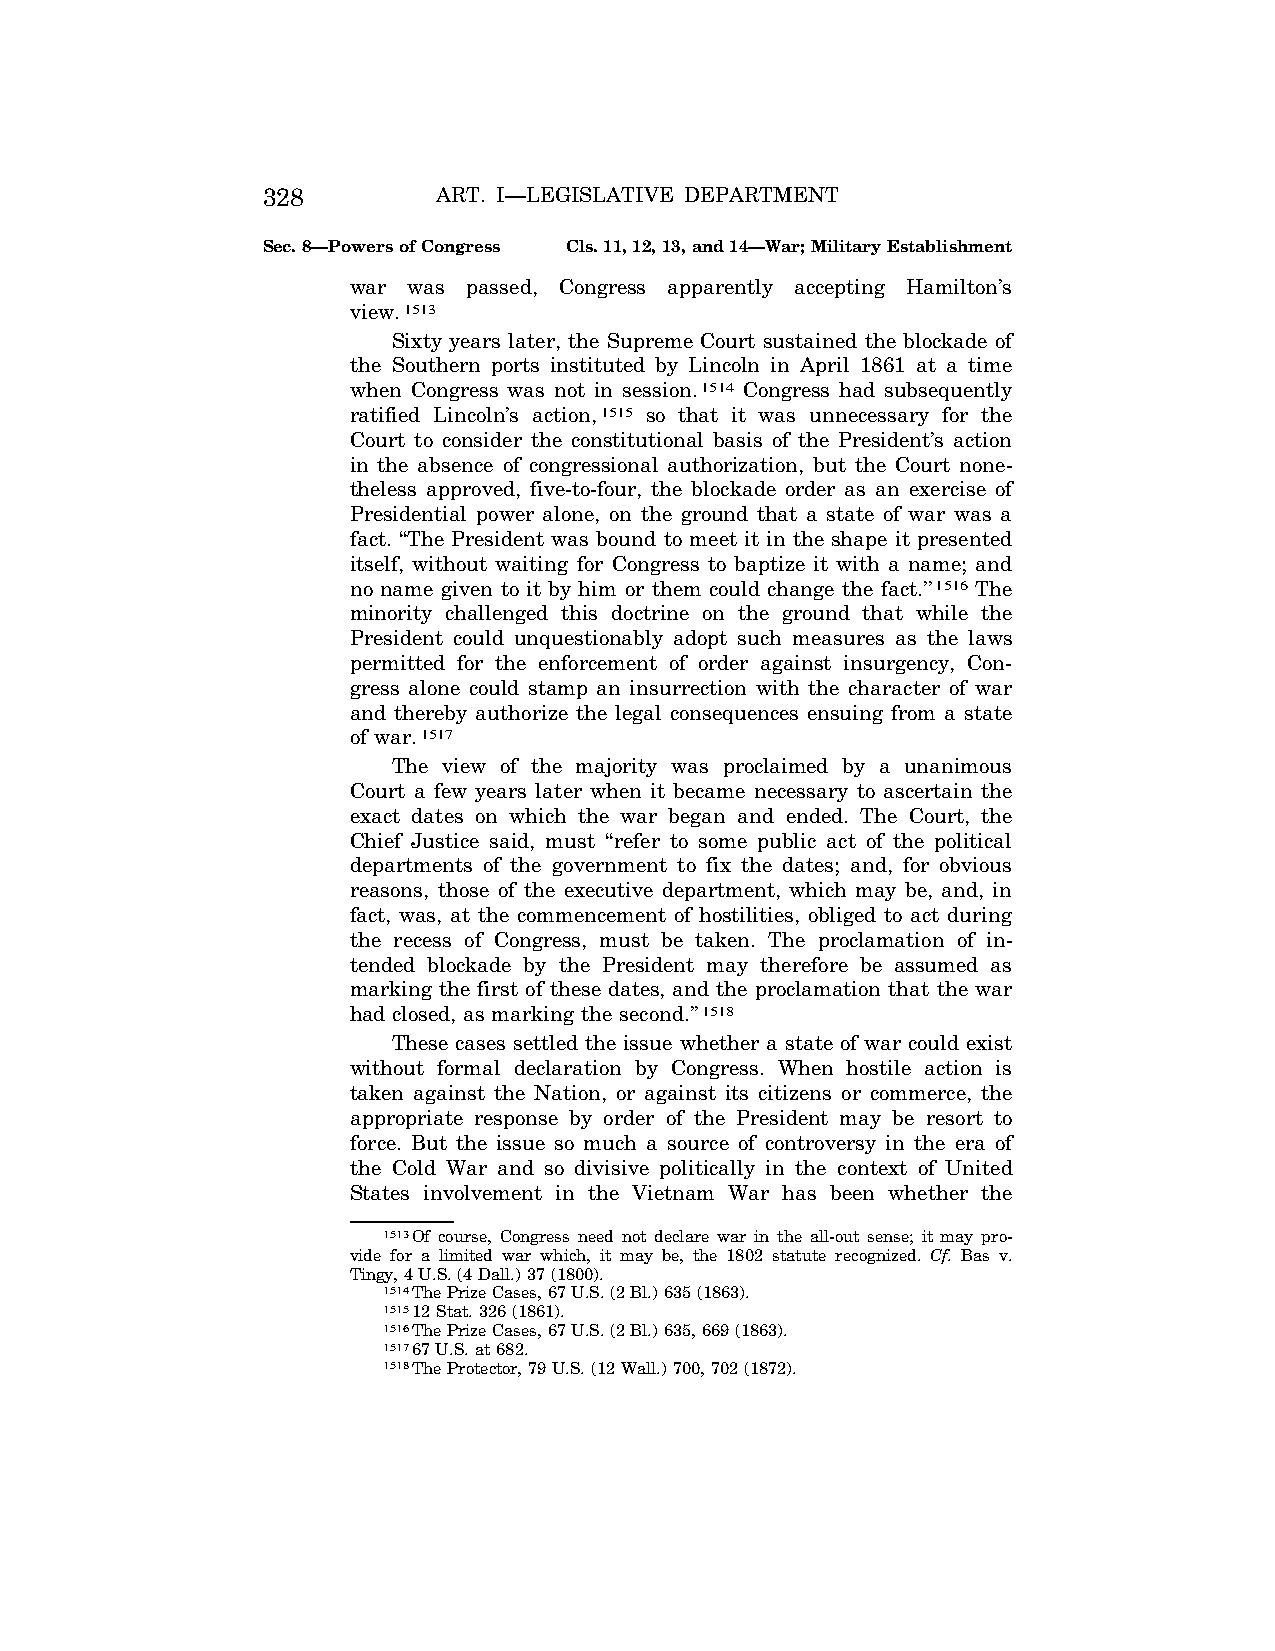
328         ART. I—LEGISLATIVE DEPARTMENT
 Sec. 8—Powers of Congress Cls. 11, 12, 13, and 14—War; Military Establishment
 war was passed, Congress apparently accepting Hamilton’s
 view.1513
 Sixty years later, the Supreme Court sustained the blockade of
 the Southern ports instituted by Lincoln in April 1861 at a time
 when Congress was not in session.1514 Congress had subsequently
 ratified Lincoln’s action,1515 so that it was unnecessary for the
 Court to consider the constitutional basis of the President’s action
 in the absence of congressional authorization, but the Court none-
 theless approved, five-to-four, the blockade order as an exercise of
 Presidential power alone, on the ground that a state of war was a
 fact. ‘‘The President was bound to meet it in the shape it presented
 itself, without waiting for Congress to baptize it with a name; and
 no name given to it by him or them could change the fact.’’1516 The
 minority challenged this doctrine on the ground that while the
 President could unquestionably adopt such measures as the laws
 permitted for the enforcement of order against insurgency, Con-
 gress alone could stamp an insurrection with the character of war
 and thereby authorize the legal consequences ensuing from a state
 of war.1517
 The view of the majority was proclaimed by a unanimous
 Court a few years later when it became necessary to ascertain the
 exact dates on which the war began and ended. The Court, the
 Chief Justice said, must ‘‘refer to some public act of the political
 departments of the government to fix the dates; and, for obvious
 reasons, those of the executive department, which may be, and, in
 fact, was, at the commencement of hostilities, obliged to act during
 the recess of Congress, must be taken. The proclamation of in-
 tended blockade by the President may therefore be assumed as
 marking the first of these dates, and the proclamation that the war
 had closed, as marking the second.’’1518
 These cases settled the issue whether a state of war could exist
 without formal declaration by Congress. When hostile action is
 taken against the Nation, or against its citizens or commerce, the
 appropriate response by order of the President may be resort to
 force. But the issue so much a source of controversy in the era of
 the Cold War and so divisive politically in the context of United
 States involvement in the Vietnam War has been whether the
 1513Of course, Congress need not declare war in the all-out sense; it may pro-
 vide for a limited war which, it may be, the 1802 statute recognized. Cf. Bas v.
 Tingy, 4 U.S. (4 Dall.) 37 (1800).
 1514The Prize Cases, 67 U.S. (2 Bl.) 635 (1863).
 151512 Stat. 326 (1861).
 1516The Prize Cases, 67 U.S. (2 Bl.) 635, 669 (1863).
 151767 U.S. at 682.
 1518The Protector, 79 U.S. (12 Wall.) 700, 702 (1872).
 VerDate Apr<14>2004 12:35 Apr 14, 2004 Jkt 077500 PO 00000 Frm 00266 Fmt 8222 Sfmt 8222 C:\CONAN\CON009.SGM PRFM99 PsN: CON009